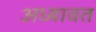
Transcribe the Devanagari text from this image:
अध्यावत